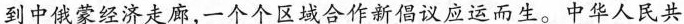
到中俄蒙经济走廊，一个个区域合作新倡议应运而生。中华人民共